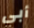
أبي